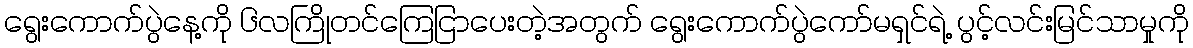
ရွေးကောက်ပွဲနေ့ကို ၆လကြိုတင်ကြေငြာပေးတဲ့အတွက် ရွေးကောက်ပွဲကော်မရှင်ရဲ့ ပွင့်လင်းမြင်သာမှုကို